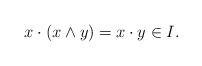
LaTeX: \begin{align*}x\cdot(x\wedge y)=x\cdot y\in I.\end{align*}